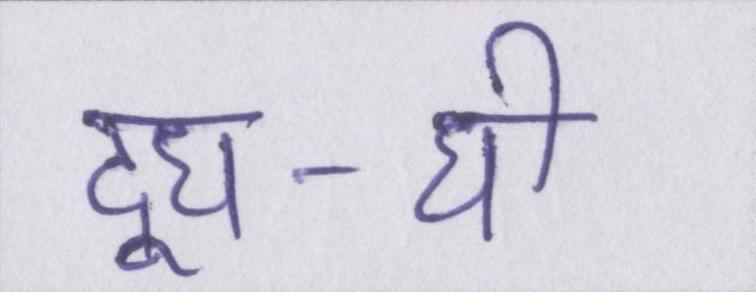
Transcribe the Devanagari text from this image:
दूध-घी